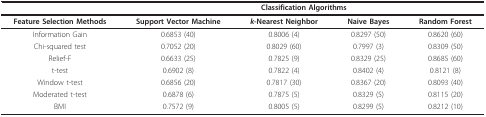
<table><thead><tr><td></td><td colspan="4"><b>Classification Algorithms</b></td></tr></thead><tbody><tr><td><b>Feature Selection Methods</b></td><td><b>Support Vector Machine</b></td><td><b><i>k</i>-Nearest Neighbor</b></td><td><b>Naive Bayes</b></td><td><b>Random Forest</b></td></tr><tr><td>Information Gain</td><td>0.6853 (40)</td><td>0.8006 (4)</td><td>0.8297 (50)</td><td>0.8620 (60)</td></tr><tr><td>Chi-squared test</td><td>0.7052 (20)</td><td>0.8029 (60)</td><td>0.7997 (3)</td><td>0.8309 (50)</td></tr><tr><td>Relief-F</td><td>0.6633 (25)</td><td>0.7825 (9)</td><td>0.8329 (25)</td><td>0.8685 (60)</td></tr><tr><td>t-test</td><td>0.6902 (8)</td><td>0.7822 (4)</td><td>0.8402 (4)</td><td>0.8121 (8)</td></tr><tr><td>Window t-test</td><td>0.6856 (20)</td><td>0.7817 (30)</td><td>0.8367 (20)</td><td>0.8093 (40)</td></tr><tr><td>Moderated t-test</td><td>0.6878 (6)</td><td>0.7875 (5)</td><td>0.8329 (5)</td><td>0.8115 (20)</td></tr><tr><td>BMI</td><td>0.7572 (9)</td><td>0.8005 (5)</td><td>0.8299 (5)</td><td>0.8212 (10)</td></tr></tbody></table>